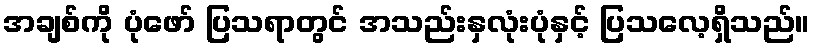
အချစ်ကို ပုံဖော် ပြသရာတွင် အသည်းနှလုံးပုံနှင့် ပြသလေ့ရှိသည်။